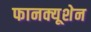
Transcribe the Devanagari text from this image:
फानक्यूशेन